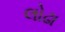
લોઢા